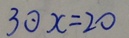
3 \textcircled { \cdot } x = 2 0